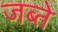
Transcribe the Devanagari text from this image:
जब्ते